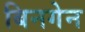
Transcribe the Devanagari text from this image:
बिनगेन